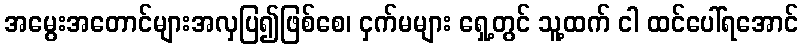
အမွေးအတောင်များအလှပြ၍ဖြစ်စေ၊ ငှက်မများ ရှေ့တွင် သူ့ထက် ငါ ထင်ပေါ်ရအောင်